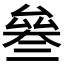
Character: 𠬅